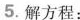
5.解方程：